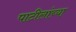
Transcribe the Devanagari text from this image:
पाटीलांच्या